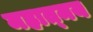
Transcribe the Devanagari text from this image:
महात्‍मय